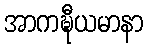
အာကဍ္ဎီယမာနာ